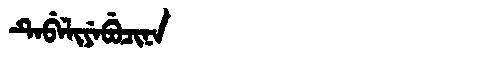
Manchu: ᡨᡝᠪᡝᠯᡳᠶᡝᠪᡠᠴᡳᠨᠠ
Romanization: TEBELIYEBUCINA